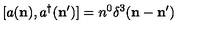
\lbrack a ( { \bf n } ) , a ^ { \dagger } ( { \bf n } ^ { \prime } ) ] = n ^ { 0 } \delta ^ { 3 } ( { \bf n } - { \bf n } ^ { \prime } )